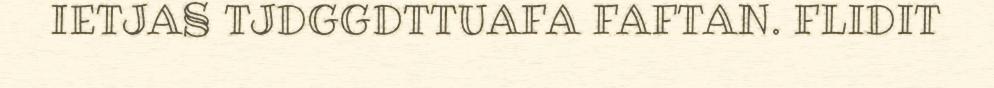
IETJA§ TJDGGDTTUAFA FAFTAN. FLIDIT